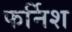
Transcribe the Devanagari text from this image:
फर्निश